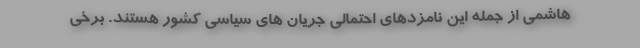
هاشمی از جمله این نامزدهای احتمالی جریان های سیاسی کشور هستند. برخی